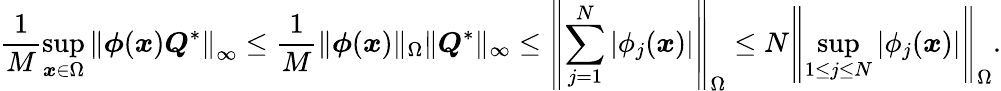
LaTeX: \frac{1}{M}\operatorname*{sup}_{\boldsymbol{x}\in\Omega}\left\| \boldsymbol{\phi}(\boldsymbol{x})\boldsymbol{Q}^{*}\right\| _{\infty}\le\frac{1}{M}\| \boldsymbol{\phi}(\boldsymbol{x})\| _{\Omega}\| \boldsymbol{Q}^{*}\| _{\infty}\le\left\| \sum_{j=1}^{N}|\phi_{j}(\boldsymbol{x})|\right\| _{\Omega}\le N\left\| \operatorname*{sup}_{1\le j\le N}|\phi_{j}(\boldsymbol{x})|\right\| _{\Omega}.